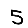
Digit: 5